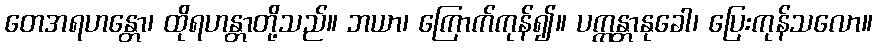
တေအရဟန္တော၊ ထိုရဟန္တာတို့သည်။ ဘယာ၊ ကြောက်ကုန်၍။ ပက္ကန္တာနုခေါ၊ ပြေးကုန်သလော။